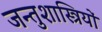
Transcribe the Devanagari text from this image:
जन्तुशास्त्रियों